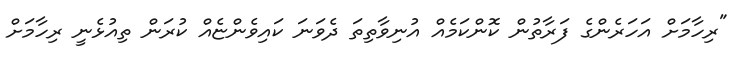
"ރިހާމަށް އަހަރެންގެ ފަރާތުން ކޮންކަމެއް އުނިވާތިތަ ދެވަނަ ކައިވެންޏެއް ކުރަން ތިއުޅެނީ ރިހާމަށް